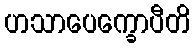
ဟသာပေက္ခောပီတိ